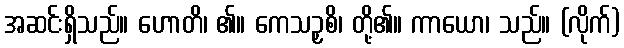
အဆင်းရှိသည်။ ဟောတိ၊ ၏။ ကေသဉှစိ၊ တို့၏။ ကာယော၊ သည်။ (လိုက်)